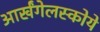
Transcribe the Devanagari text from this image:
आर्खंगेलस्कोये